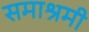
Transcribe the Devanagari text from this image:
समाश्रमी